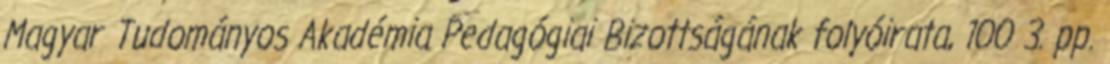
Magyar Tudományos Akadémia Pedagógiai Bizottságának folyóirata, 100 3. pp.